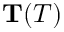
\mathbf T ( T )